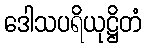
ဒေါသပရိယုဋ္ဌိတံ